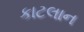
કાટલાન